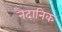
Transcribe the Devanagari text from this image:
नैदानिक